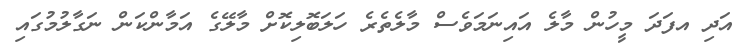
އަދި އފަދަ މީހުން މާލެ އައިނަމަވެސް މާލެތެރެ ހަލަބޮލިކޮށް މާލޭގެ އަމާންކަން ނަގާލުމުގައި